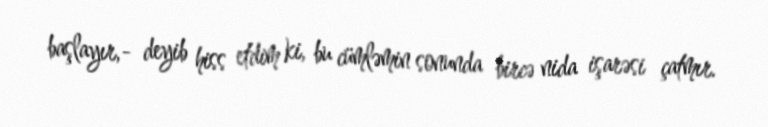
başlayır,- deyib hiss etdim ki, bu cümləmin sonunda bircə nida işarəsi çatmır.